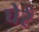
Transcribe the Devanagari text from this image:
घेरें